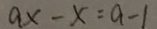
a x - x = a - 1